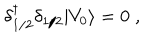
\delta { ^ \dagger _ { 1 / 2 } } \delta _ { 1 / 2 } \vert V _ { 0 } \rangle = 0 \; ,